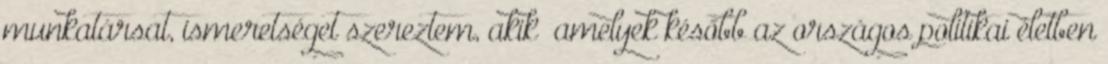
munkatársat, ismeretséget szereztem, akik ame­lyek később az országos politikai életben